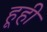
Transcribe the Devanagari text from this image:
हूही